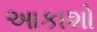
આકાશો